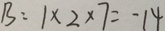
B : 1 \times 2 \times 7 = - 1 4